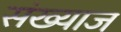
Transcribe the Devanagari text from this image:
संख्याज